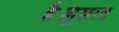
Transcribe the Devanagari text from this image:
है।नुसरत